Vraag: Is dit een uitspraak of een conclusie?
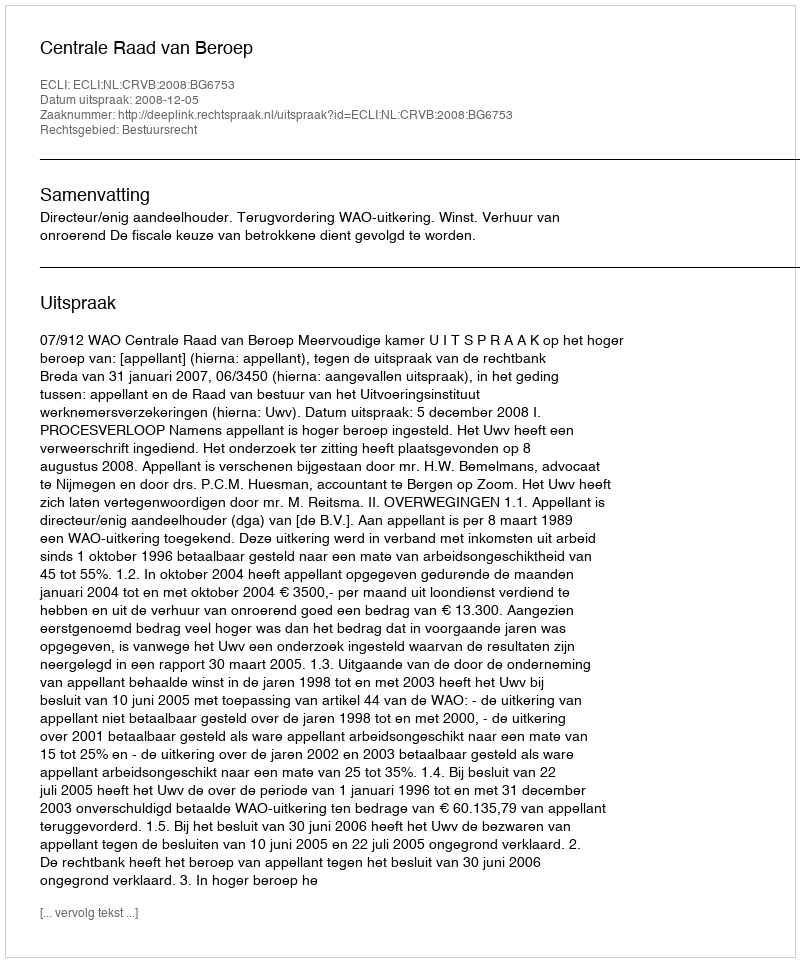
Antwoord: Uitspraak